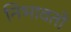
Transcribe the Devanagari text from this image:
निभावतो